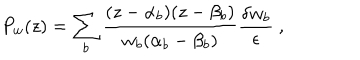
P _ { w } ( z ) = \sum _ { b } \frac { ( z - \alpha _ { b } ) ( z - \beta _ { b } ) } { w _ { b } ( \alpha _ { b } - \beta _ { b } ) } \frac { \delta w _ { b } } { \epsilon } \ ,